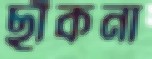
ছাঁকনা